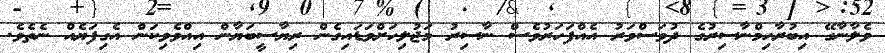
ވެލާނާގޭ އިބުރާހިމްނާސިރުގެ ދުވަސްވަރު އެއްފަހަރުވެސް ނާސިރު މަޖުލިހަށްވަޑައިގެން ރިޔާސީބަޔާން އިއްވެވިކަން އެގިފަޔެއް ނެތެވެ.